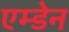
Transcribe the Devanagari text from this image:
एम्डेन